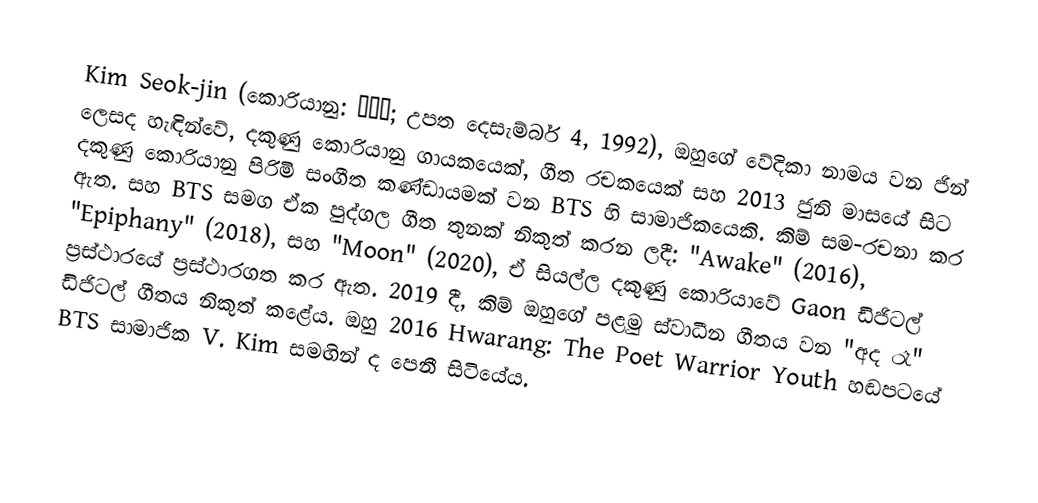
Kim Seok-jin (කොරියානු: 김석진; උපත දෙසැම්බර් 4, 1992), ඔහුගේ වේදිකා නාමය වන ජින් ලෙසද හැඳින්වේ, දකුණු කොරියානු ගායකයෙක්, ගීත රචකයෙක් සහ 2013 ජුනි මාසයේ සිට දකුණු කොරියානු පිරිමි සංගීත කණ්ඩායමක් වන BTS හි සාමාජිකයෙකි. කිම් සම-රචනා කර ඇත. සහ BTS සමග ඒක පුද්ගල ගීත තුනක් නිකුත් කරන ලදී: "Awake" (2016), "Epiphany" (2018), සහ "Moon" (2020), ඒ සියල්ල දකුණු කොරියාවේ Gaon ඩිජිටල් ප්‍රස්ථාරයේ ප්‍රස්ථාරගත කර ඇත. 2019 දී, කිම් ඔහුගේ පළමු ස්වාධීන ගීතය වන "අද රෑ" ඩිජිටල් ගීතය නිකුත් කළේය. ඔහු 2016 Hwarang: The Poet Warrior Youth හඬපටයේ BTS සාමාජික V. Kim සමඟින් ද පෙනී සිටියේය.